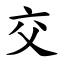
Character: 交